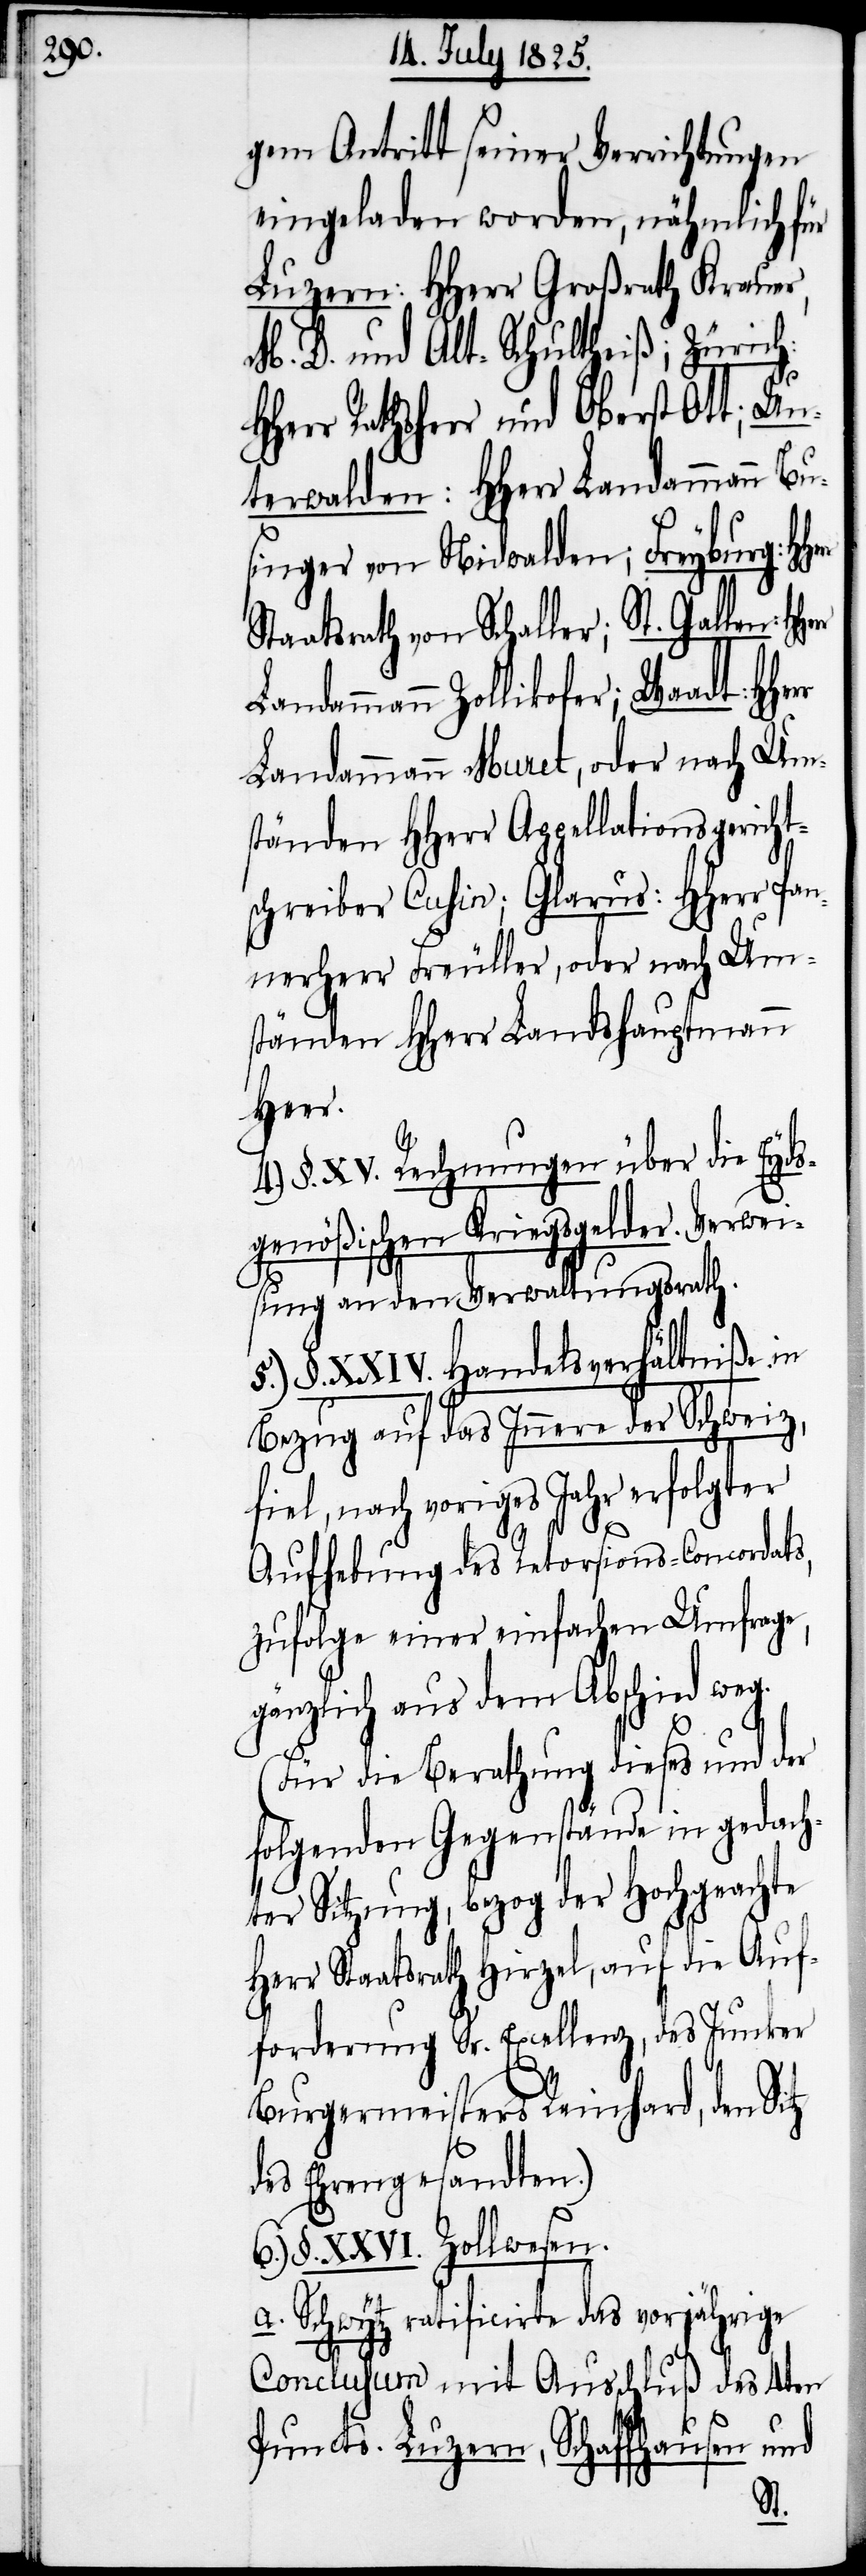
gem Antritt seiner Verrichtungen
eingeladen worden, nähmlich für
Luzern: HHerr Großrath Krauer,
M. D. und Alt-Schultheiß; Zürich:
Rathsherr und Oberst Ott; Un¬
terwalden: HHerr Landammann Bu¬
singer von Nidwalden; Freyburg: H¬
Staatsrath von Schaller; St. Gallen: H¬
Landammann Zollikofer; Waadt: H¬
Landammann Muret, oder nach Um¬
ständen HHerr Appellationsgericht¬
schreiber Cuhin; Glarus: HHerr Pa¬
nnerherr Freuller, oder nach Um¬
ständen Herr Landshauptmann
Heer.
4.) §. XV. Rechnungen über die Eyds¬
genößischen Kriegsgelder. Verwei¬
sung an den Verwaltungsrath.
5.) §. XXIV. Handelsverhältniße in
Bezug auf das Innere der Schweiz,
fiel, nach voriges Jahr erfolgter
Aufhebung des Retorsions-Concordats,
zufolge einer einfachen Umfrage,
gänzlich aus dem Abschied weg.
(Für die Berathung dieses und der
folgenden Gegenstände in gedach¬
ter Sitzung, bezog der Hochgeachte
Herr Staatsrath Hirzel, auf die Auf¬
forderung Sr. Excellenz, des Junker
Burgermeisters Reinhard, den Sitz
des Ehrengesandten.)
6.) §. XXVI. Zollwesen.
a. Schwytz ratificirte das vorjährige
Conclusum mit Ausschluß des 4ten
Puncts. Luzern, Schaffhausen und